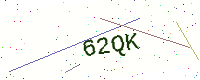
Text: 62QK